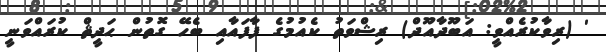
' (ރިވާކުރެއްވީ: އަބޫދާއޫދް) ރިޝްވަތު ކެއުމުގެ ފާފައާއި ބެހޭ ގޮތުން ޙަދީޘް ކުރައްވަނީ